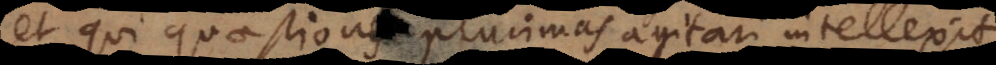
et qui quaestiones plurimas agitari intellexit